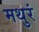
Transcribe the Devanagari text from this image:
मथुरं